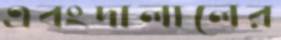
এবংদালালের